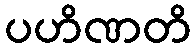
ပဟိဏတိ